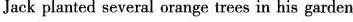
Jack planted several orange trees in his garden